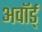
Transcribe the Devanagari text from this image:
अवॉर्ड्